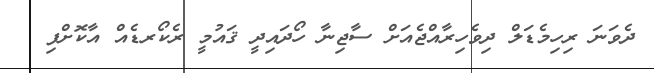
ދެވަނަ ރިހިމެޑަލް ދިވެހިރާއްޖެއަށް ސާޖިނާ ހޯދައިދީ ޤައުމީ ރެކޯރޑެއް އާކޮށްފި